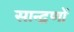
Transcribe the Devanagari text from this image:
सान्द्रणों